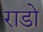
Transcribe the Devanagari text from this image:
राडो